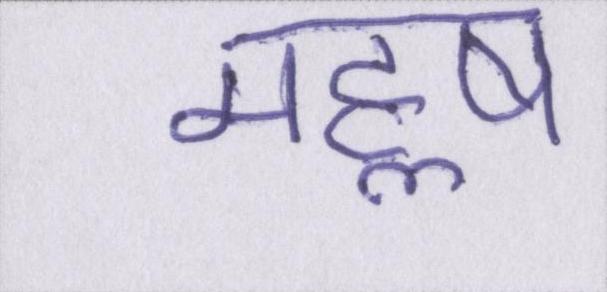
महॢष